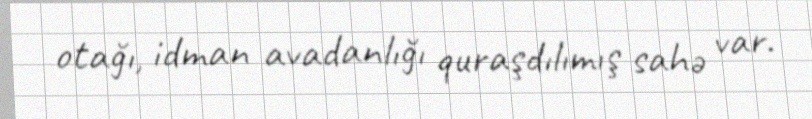
otağı, idman avadanlığı quraşdılımış sahə var.